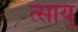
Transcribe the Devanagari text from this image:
त्साय्